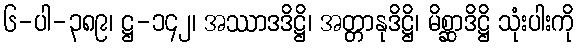
၆-ပါ-၃၈၉၊ ဋ္ဌ-၁၄၂၊ အဿာဒဒိဋ္ဌိ၊ အတ္တာနုဒိဋ္ဌိ၊ မိစ္ဆာဒိဋ္ဌိ သုံးပါးကို